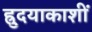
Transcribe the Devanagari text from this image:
ह्रुदयाकाशीं